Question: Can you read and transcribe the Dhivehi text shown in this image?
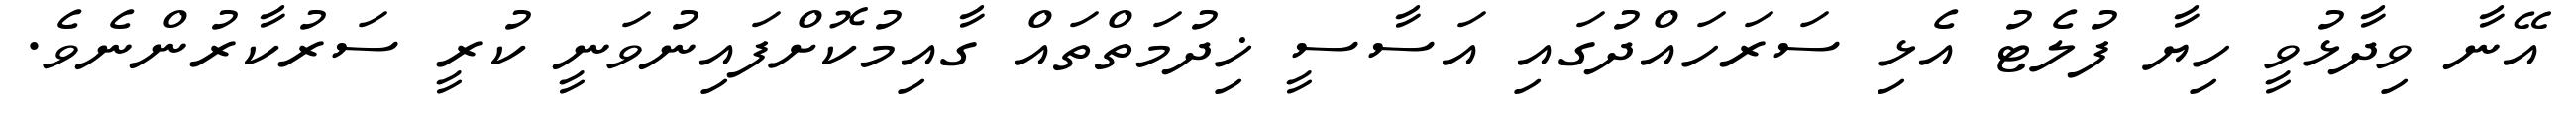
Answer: އޭނާ ވިދާޅުވީ ހިޔާ ފުލެޓު އެޅި ސަރަހައްދުގައި އަސާސީ ޚިދުމަތްތައް ގާއިމުކޮށްފައިނުވަނީ ކުރީ ސަރުކާރުންނެވެ.